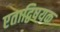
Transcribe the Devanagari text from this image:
एताद्विषयक